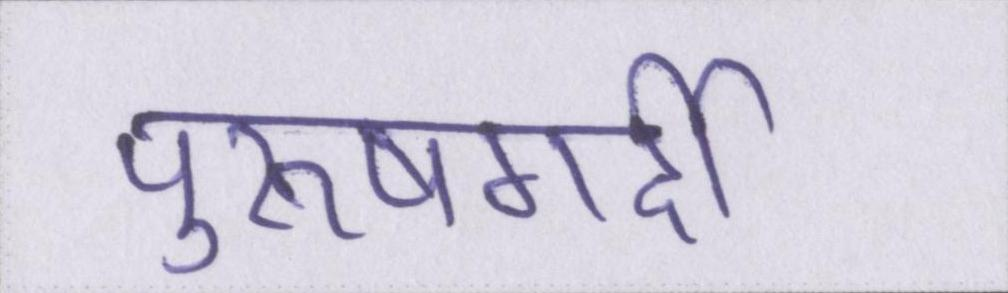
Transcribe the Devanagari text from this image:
पुरूषगर्दी